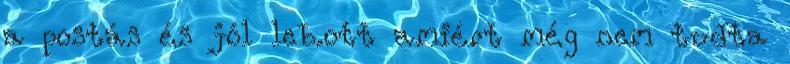
a postás és jól leb.ott amiért még nem tudta